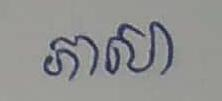
ភាសា